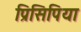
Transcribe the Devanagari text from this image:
प्रिसिपिया